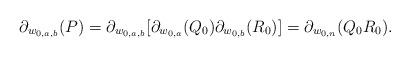
LaTeX: \begin{align*}\partial_{w_{0,a,b}}(P)=\partial_{w_{0,a,b}}[\partial_{w_{0,a}}(Q_0)\partial_{w_{0,b}}(R_0)]=\partial_{w_{0,n}}(Q_0R_0).\end{align*}